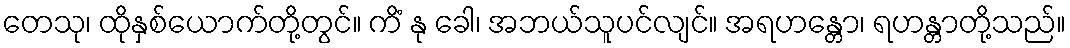
တေသု၊ ထိုနှစ်ယောက်တို့တွင်။ ကိံ နု ခေါ၊ အဘယ်သူပင်လျင်။ အရဟန္တော၊ ရဟန္တာတို့သည်။